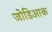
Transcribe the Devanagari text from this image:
जोडिआक